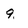
Character: 9